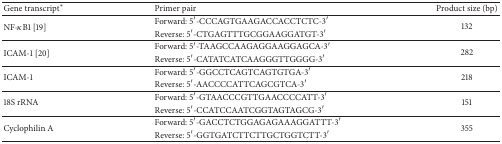
| Gene transcript∗ | Primer pair | Product size (bp) |
 | --- | --- | --- |
 | <ROWSPAN=2> NF-κB1 [19] | Forward: 5′-CCCAGTGAAGACCACCTCTC-3′ | <ROWSPAN=2> 132 |
 | Reverse: 5′-CTGAGTTTGCGGAAGGATGT-3′ |
 | <ROWSPAN=2> ICAM-1 [20] | Forward: 5′-TAAGCCAAGAGGAAGGAGCA-3′ | <ROWSPAN=2> 282 |
 | Reverse: 5′-CATATCATCAAGGGTTGGGG-3′ |
 | <ROWSPAN=2> ICAM-1 | Forward: 5′-GGCCTCAGTCAGTGTGA-3′ | <ROWSPAN=2> 218 |
 | Reverse: 5′-AACCCCATTCAGCGTCA-3′ |
 | <ROWSPAN=2> 18S rRNA | Forward: 5′-GTAACCCGTTGAACCCCATT-3′ | <ROWSPAN=2> 151 |
 | Reverse: 5′-CCATCCAATCGGTAGTAGCG-3′ |
 | <ROWSPAN=2> Cyclophilin A | Forward: 5′-GACCTCTGGAGAGAAAGGATTT-3′ | <ROWSPAN=2> 355 |
 | Reverse: 5′-GGTGATCTTCTTGCTGGTCTT-3′ |